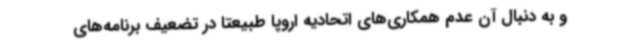
و به دنبال آن عدم همکاری‌های اتحادیه اروپا طبیعتا در تضعیف برنامه‌های